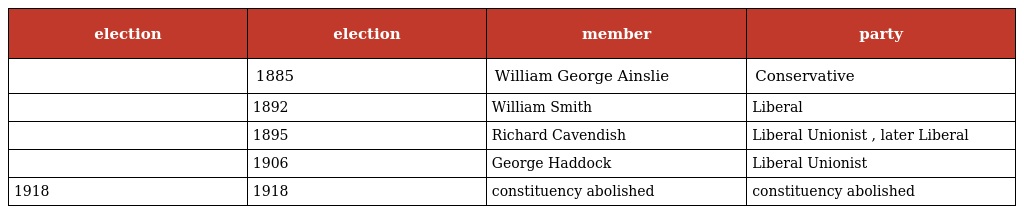
| election | election | member | party |
 | --- | --- | --- | --- |
 |  | 1885 | William George Ainslie | Conservative |
 |  | 1892 | William Smith | Liberal |
 |  | 1895 | Richard Cavendish | Liberal Unionist , later Liberal |
 |  | 1906 | George Haddock | Liberal Unionist |
 | 1918 | 1918 | constituency abolished | constituency abolished |